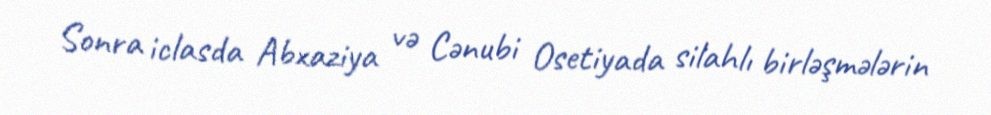
Sonra iclasda Abxaziya və Cənubi Osetiyada silahlı birləşmələrin